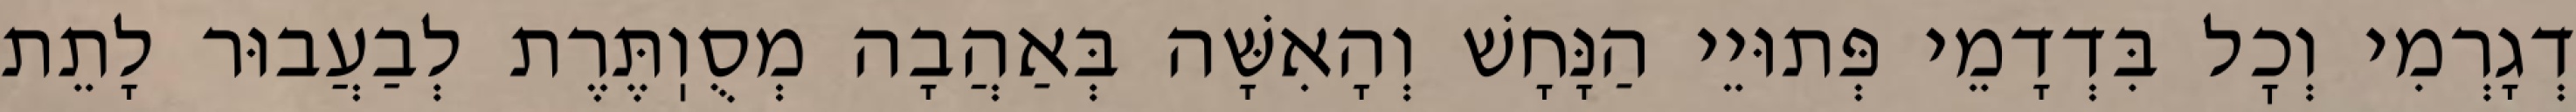
דְגָרְמִי וְכׇל בִּדְדָמֵי פְּתוּיֵי הַנָּחָשׁ וְהָאִשָּׁה בְּאַהֲבָה מְסֻוֽתֶּרֶת לְבַעֲבוּר לָתֵת